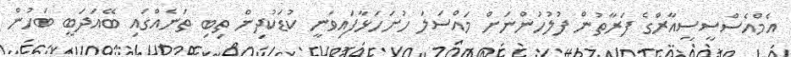
އެމްއެސްސީސީއާރްގެ ފަރާތުން ފުލުހުންނަށް މައްސަލަ ހުށަހަޅާފައިވަނީ ކުޑަކުދިން ތިބި ތަނެއްގައި ބޭއަދަބީ ބަހުން